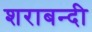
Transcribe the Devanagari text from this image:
शराबन्दी